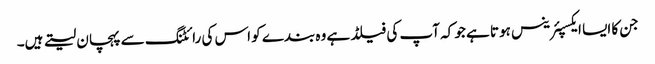
جن کا ایسا ایکسپئرینس ہوتا ہے جو کہ آپ کی فیلڈ ہے وہ بندے کو اس کی رائٹنگ سے پہچان لیتے ہیں۔